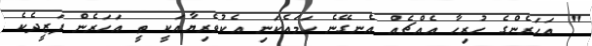
" އަހަރެންގެ ހުރިހާ އެއްޗެއް އެނގޭނެ ހަމައެކަނި އެކުވެރިޔާއަކީ ތީ އަހަރެން ފަޒީދެކެ